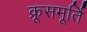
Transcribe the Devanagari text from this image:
क्रूसमूर्ति